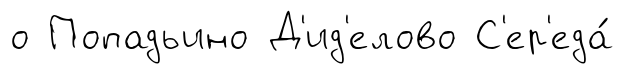
о Попадьино Д'ид'елово С'ер'еда́